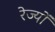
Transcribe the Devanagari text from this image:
रेज्यों